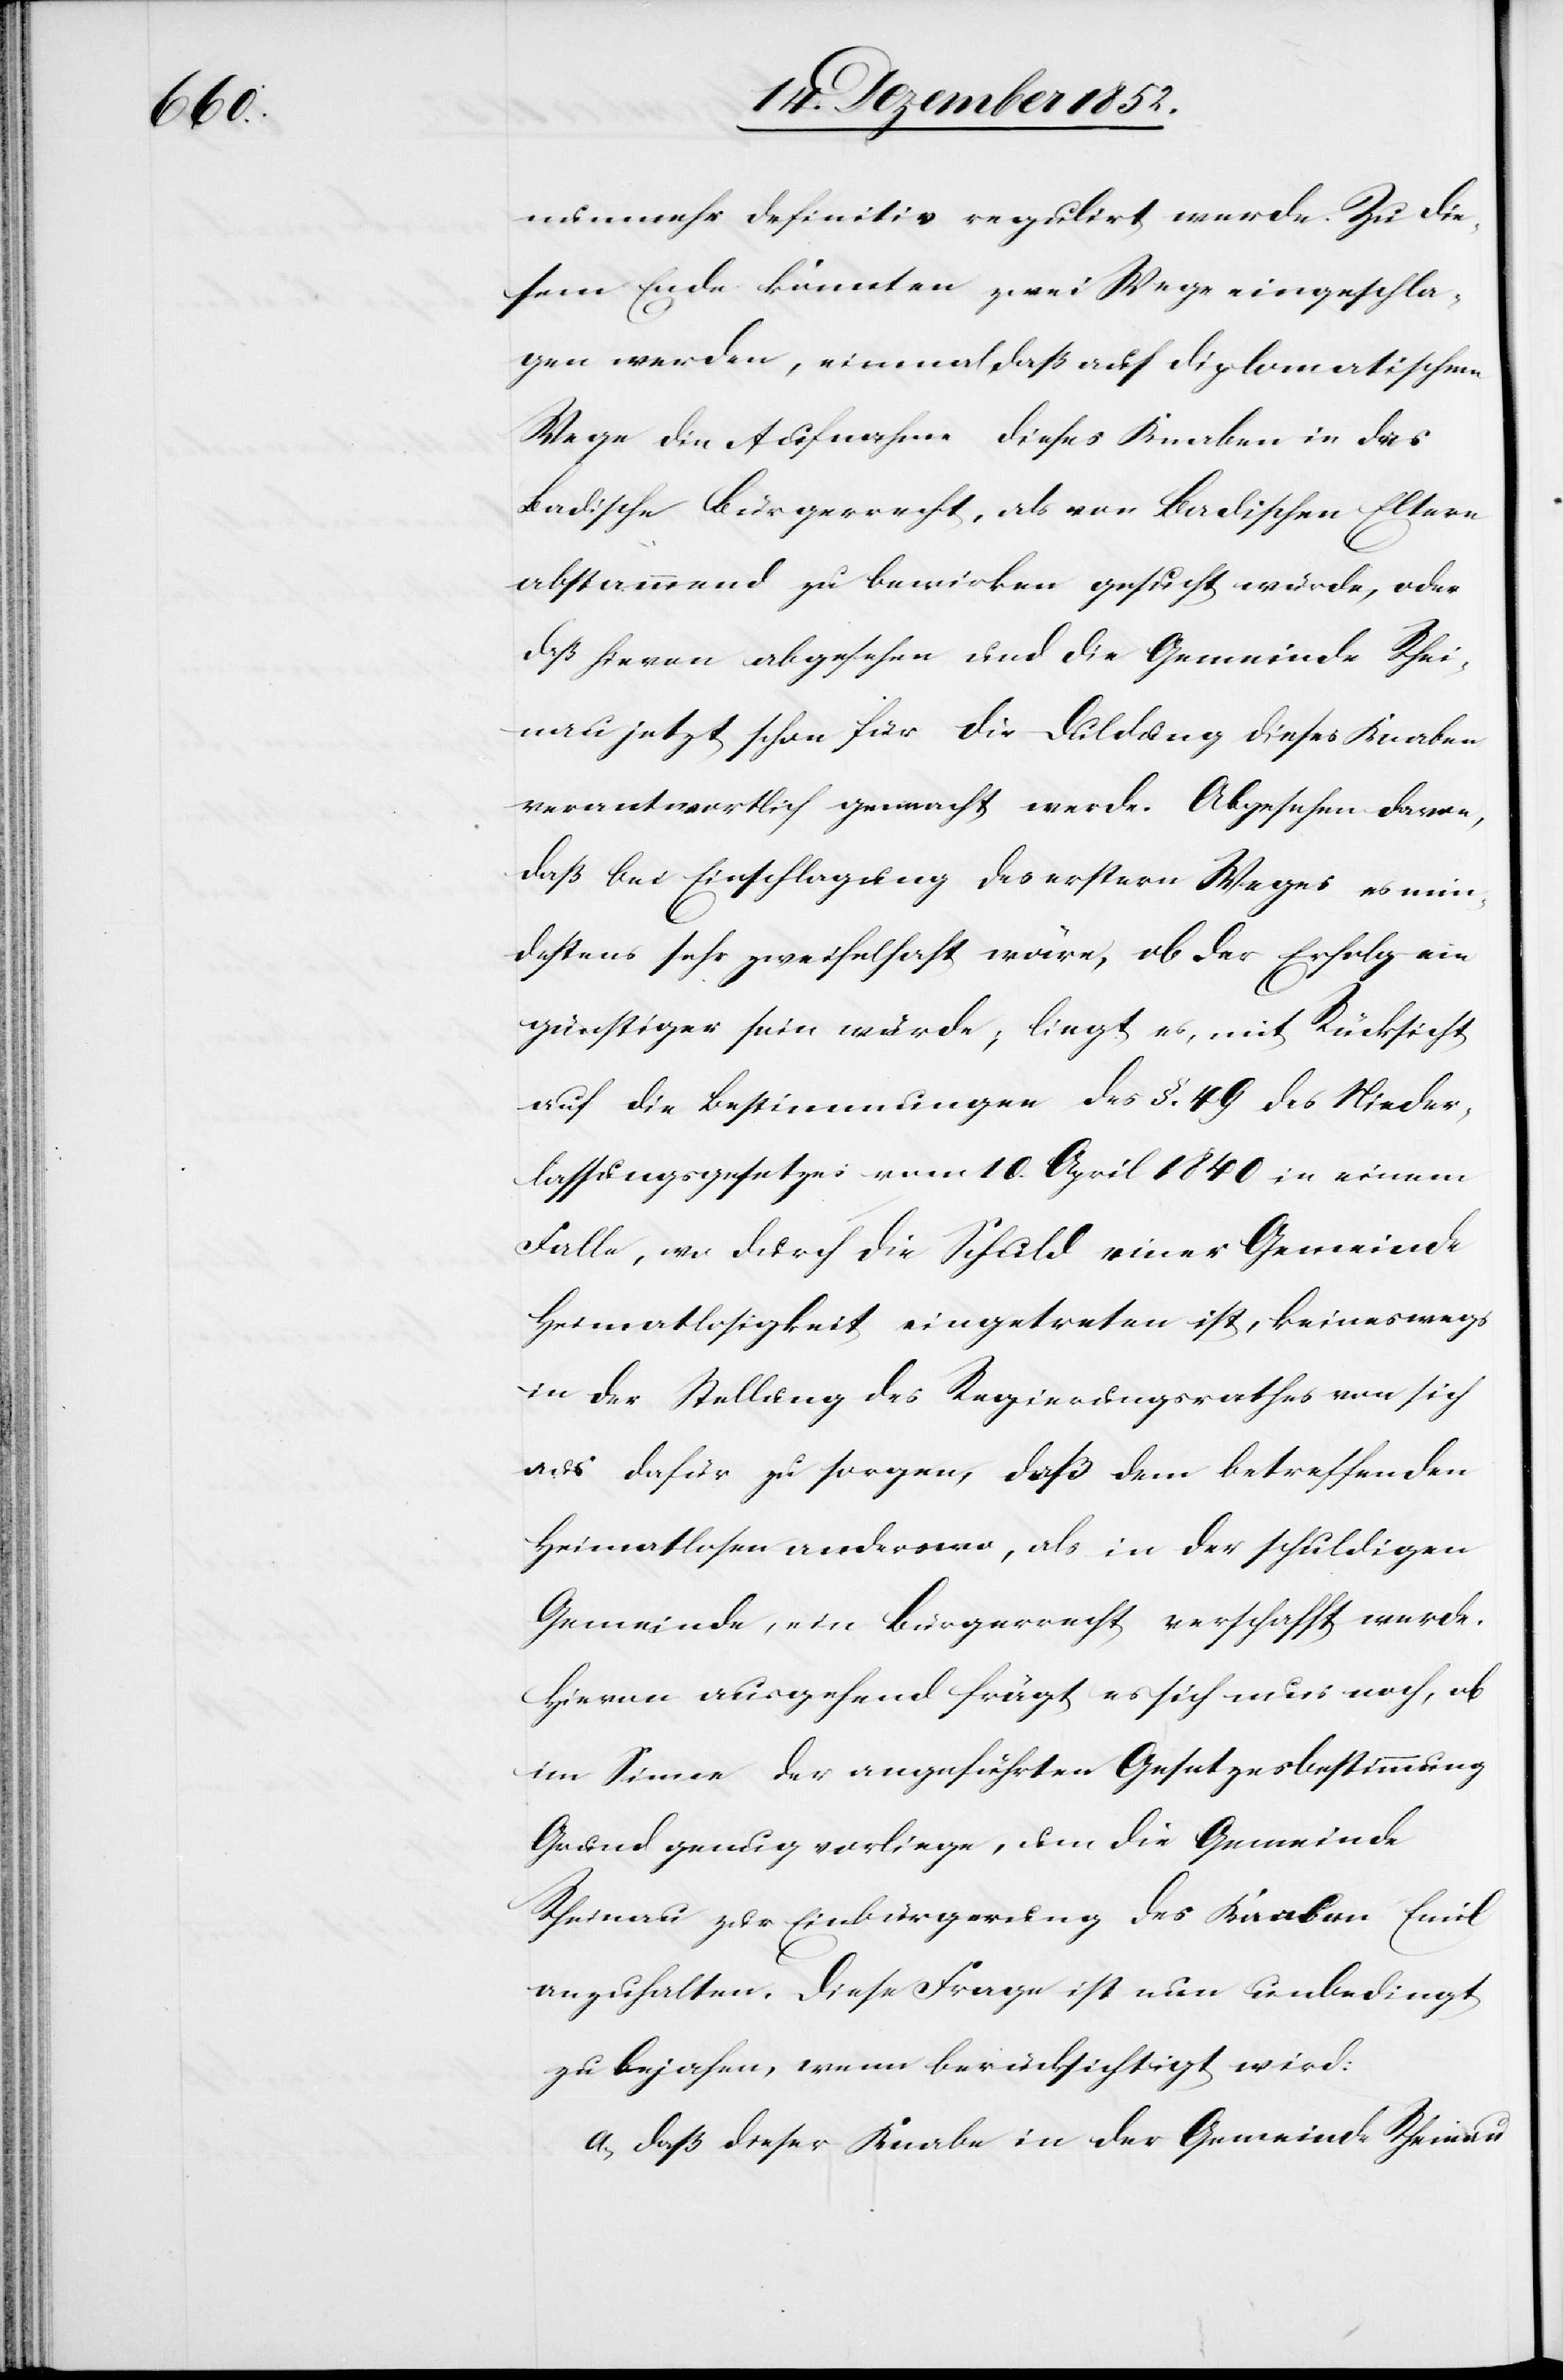
nunmehr definitiv regulirt werde. Zu die¬
sem Ende könnten zwei Wege eingeschla¬
gen werden, einmal daß auf diplomatischem
Wege die Aufnahme dieses Knaben in das
Badische Bürgerrecht, als von Badischen Eltern
abstammend zu bewirken gesucht würde, oder
daß hievon abgesehen und die Gemeinde Rhei¬
nau jetzt schon für die Duldung dieses Knaben
verantwortlich gemacht werde. Abgesehen davon,
daß bei Einschlagung des erstern Weges es min¬
destens sehr zweifelhaft wäre, ob der Erfolg ein
günstiger sein würde; liegt es, mit Rücksicht
auf die Bestimmungen des §. 49 des Nieder¬
lassungsgesetzes vom 10. April 1840 in einem
Falle, wo durch die Schuld einer Gemeinde
Heimatlosigkeit eingetreten ist, keineswegs
in der Stellung des Regierungsrathes von sich
aus dafür zu sorgen, daß dem betreffenden
Heimatlosen anderswo, als in der schuldigen
Gemeinde, ein Bürgerrecht verschafft werde.
Hievon ausgehend frägt es sich nu[?r] noch, ob
im Sinne der angeführten Gesetzesbestimmung
Grund genug vorliege, um die Gemeinde
Rheinau zur Einbürgerung des Knaben Emil
anzuhalten. Diese Frage ist nun unbedingt
zu bejahen, wenn berücksichtigt wird:
a, daß dieser Knabe in der Gemeinde Rheinau